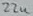
Text: 22u